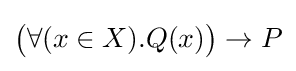
{\big (}\forall (x\in X).Q(x){\big )}\to P